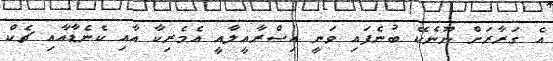
އެ ގަރާރަށް ނޫނެކޭ ބުނެފައި ވަނީ އިސްރާއީލާއީ އެމެރިކާ އާއި ކެނެޑާއާއި ޗެކް